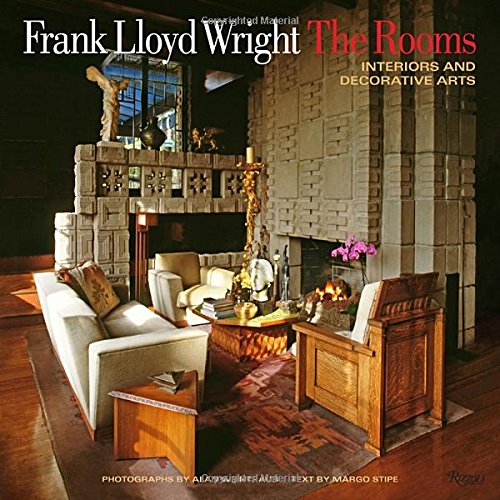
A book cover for Frank Lloyd Wright: The Rooms: Interiors and Decorative Arts; Margo Stipe; Arts & Photography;